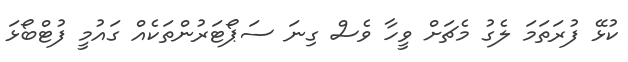
ކުޅޭ ފުރަތަމަ ލެގު މެޗަށް ވީހާ ވެސް ގިނަ ސަޕޯޓަރުންތަކެއް ގައުމީ ފުޓްބޯޅަ